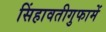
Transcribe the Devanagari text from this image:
सिंहावतीगुफामें